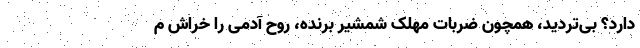
دارد؟ بی‌تردید، همچون ضربات مهلک شمشیر بُرنده، روح آدمی را خراش م